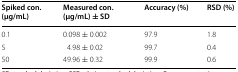
<table><thead><tr><td><b>Spiked con. (μg/mL)</b></td><td><b>Measured con. (μg/mL) ± SD</b></td><td><b>Accuracy (%)</b></td><td><b>RSD (%)</b></td></tr></thead><tbody><tr><td>0.1</td><td>0.098 ± 0.002</td><td>97.9</td><td>1.8</td></tr><tr><td>5</td><td>4.98 ± 0.02</td><td>99.7</td><td>0.4</td></tr><tr><td>50</td><td>49.96 ± 0.32</td><td>99.9</td><td>0.6</td></tr></tbody></table>